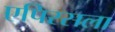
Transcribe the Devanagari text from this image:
एपिरसला